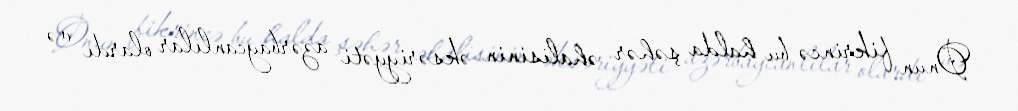
Onun fikrincə bu halda şəhər əhalisinin əksəriyyəti azərbaycanlılar olardı və